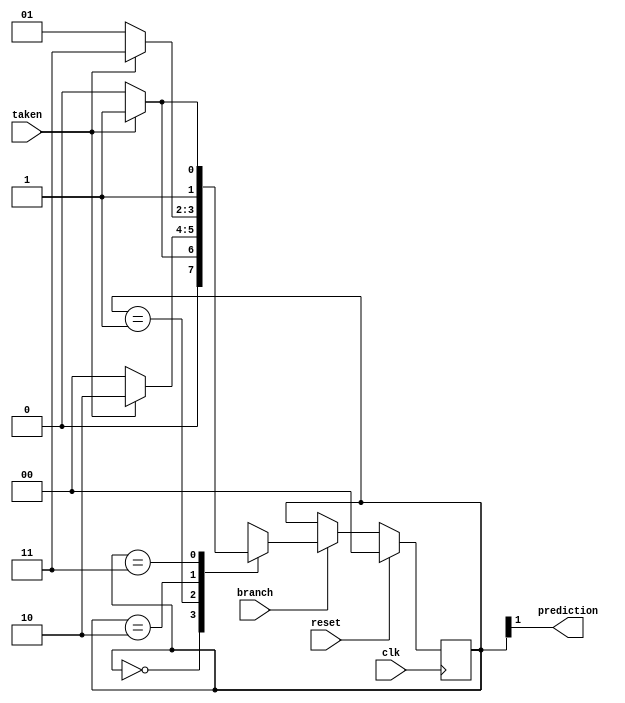
module sat_count(clk, reset, branch, taken, prediction);
   parameter N=2;
   input clk, reset, branch, taken;
   output prediction;

   reg [1:0] state;

   always @(posedge clk) begin
     if (reset) state <= 'b0;			// reset state to 00
     else if (~branch) state <= state;		// preserve state
     else begin
       case (state)
         'b00: state <= taken ? 'b01 : 'b00;
         'b01: state <= taken ? 'b10 : 'b00;
         'b10: state <= taken ? 'b11 : 'b01;
         'b11: state <= taken ? 'b11 : 'b10;
         default: state <= 'bxx;        // should never get here code 
       endcase
     end
   end
   
   assign prediction = state[1];

endmodule